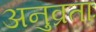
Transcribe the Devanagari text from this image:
अनुव्रताः